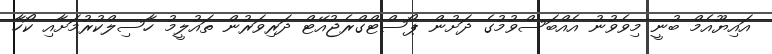
އައިޔޫއެމް ބުނީ މިވެވުނު އެއްބަސްވުމުގެ ދަށުން ޕޯސްޓްގްރެޖުއޭޓް ދަރިވަރުން ތައުލީމު ހާސިލްކުރުމަށާއި ކޯހާ